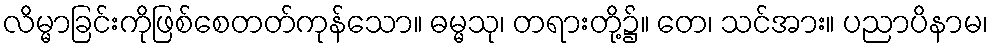
လိမ္မာခြင်းကိုဖြစ်စေတတ်ကုန်သော။ ဓမ္မသု၊ တရားတို့၌။ တေ၊ သင်အား။ ပညာပိနာမ၊